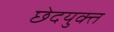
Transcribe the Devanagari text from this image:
छेदयुक्त